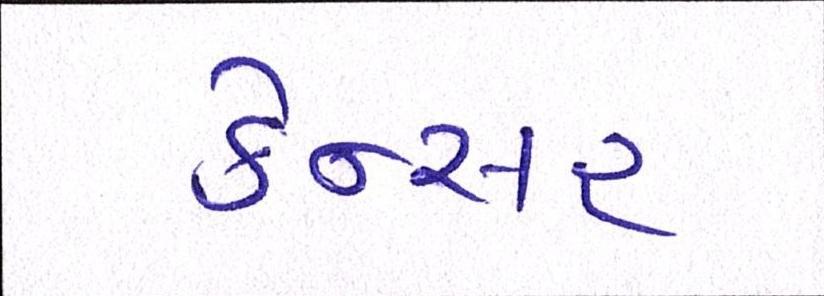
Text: કેન્સર